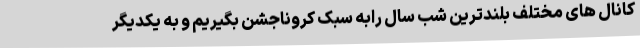
کانال های مختلف بلندترین شب سال رابه سبک کروناجشن بگیریم و به یکدیگر